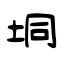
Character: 垌